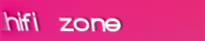
hifi zone